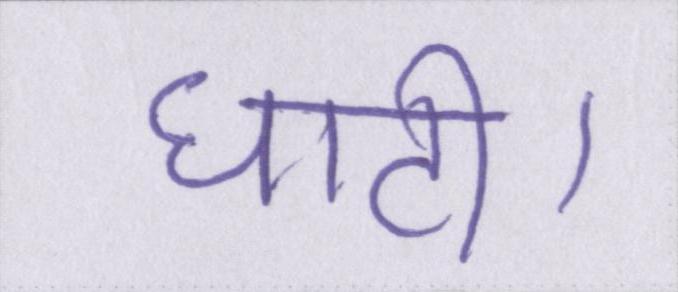
घाटी।